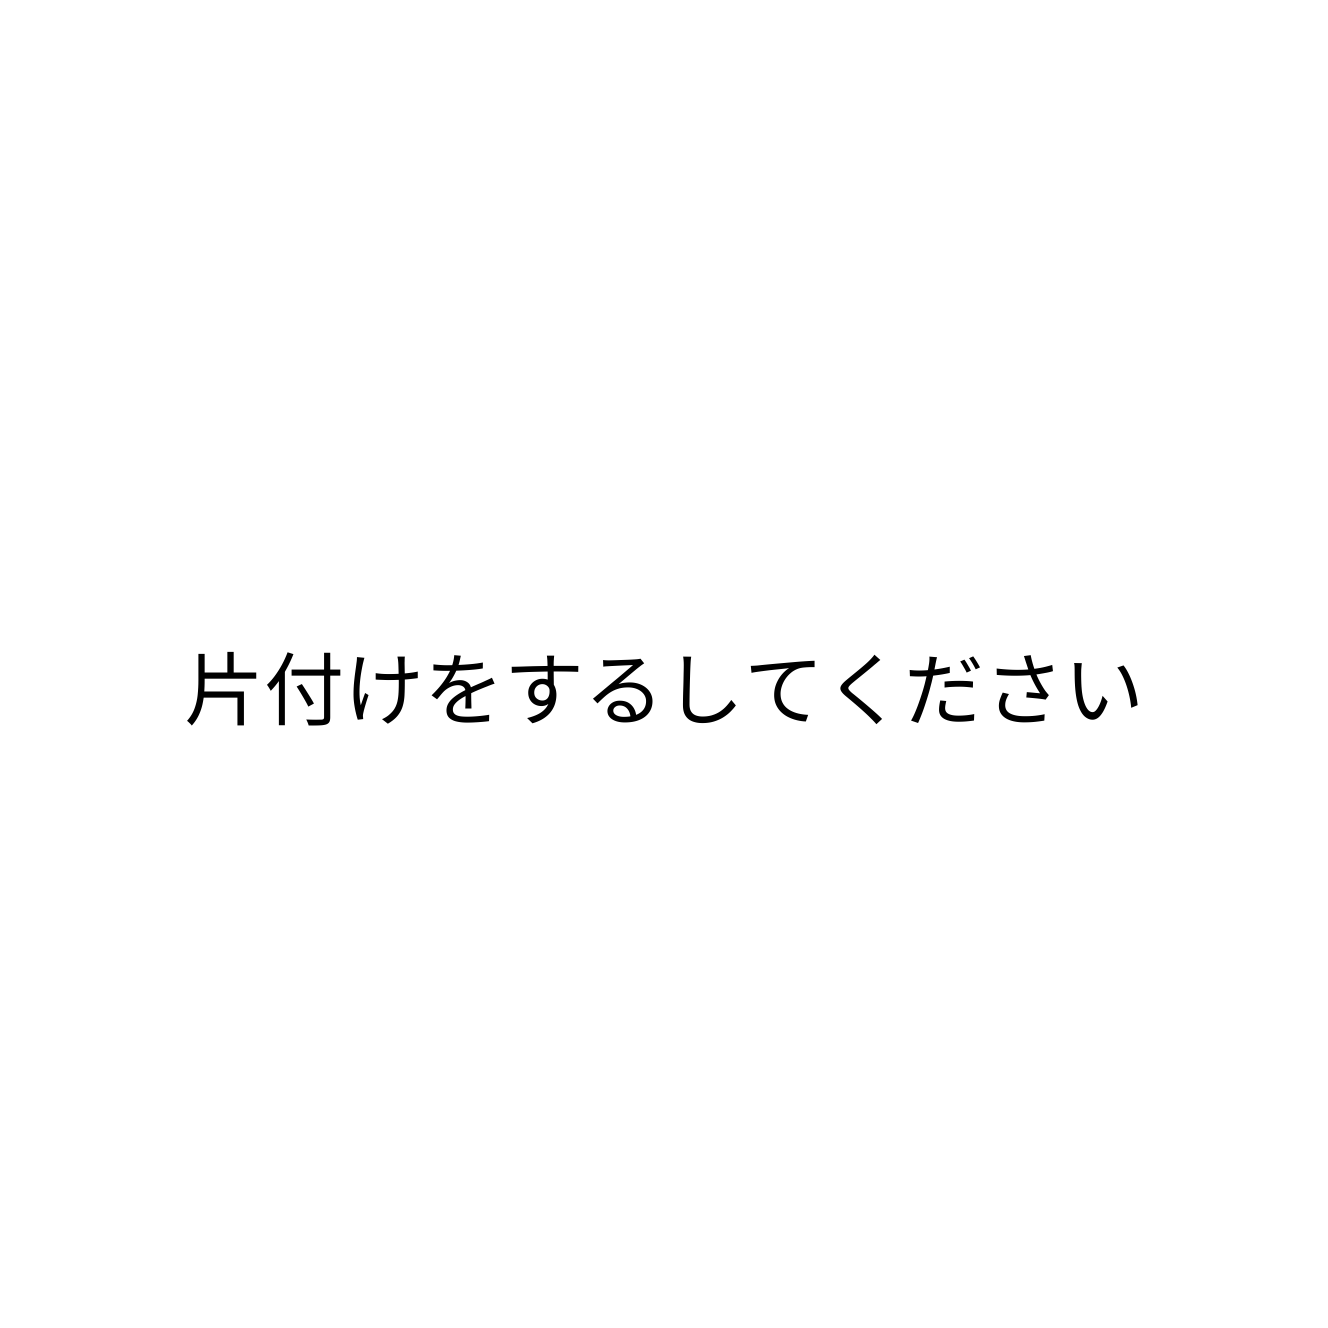
片付けをするしてください